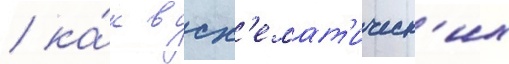
/ ка́к в сх'емат'ическ'их